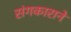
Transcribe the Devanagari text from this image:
संगकाराने